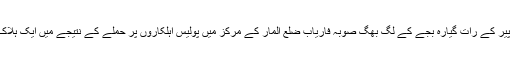
رپوٹ کے مطابق پیر کے رات گیارہ بجے کے لگ بھگ صوبہ فاریاب ضلع المار کے مرکز میں پولیس اہلکاروں پر حملے کے نتیجے میں ایک ہلاک، 2 زخمی ہوئے۔